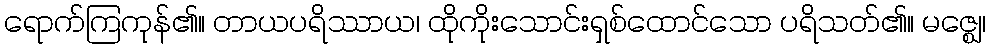
ရောက်ကြကုန်၏။ တာယပရိဿာယ၊ ထိုကိုးသောင်းရှစ်ထောင်သော ပရိသတ်၏။ မဇ္ဈေ၊